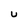
Character: U